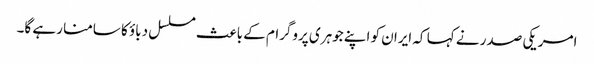
امریکی صدر نے کہا کہ ایران کو اپنے جوہری پروگرام کے باعث مسلسل دباؤ کا سامنا رہے گا۔